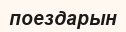
поездарын